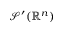
{ \mathcal { S } } ^ { \prime } ( { \mathbb { R } } ^ { n } )